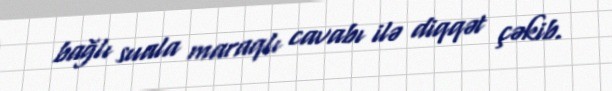
bağlı suala maraqlı cavabı ilə diqqət çəkib.